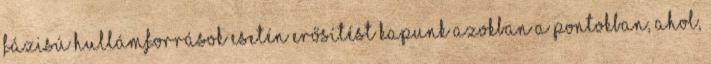
fázisú hullámforrások esetén erősítést kapunk azokban a pontokban, ahol,